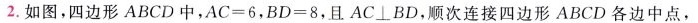
2.如图，四边形ABCD中，$$A C = 6$$，$$B D = 8$$，且AC \bot BD，顺次连接四边形ABCD各边中点，